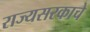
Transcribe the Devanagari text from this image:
राज्यसरकाचे